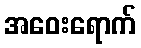
အဝေးရောက်